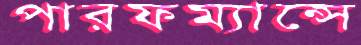
পারফম্যান্সে